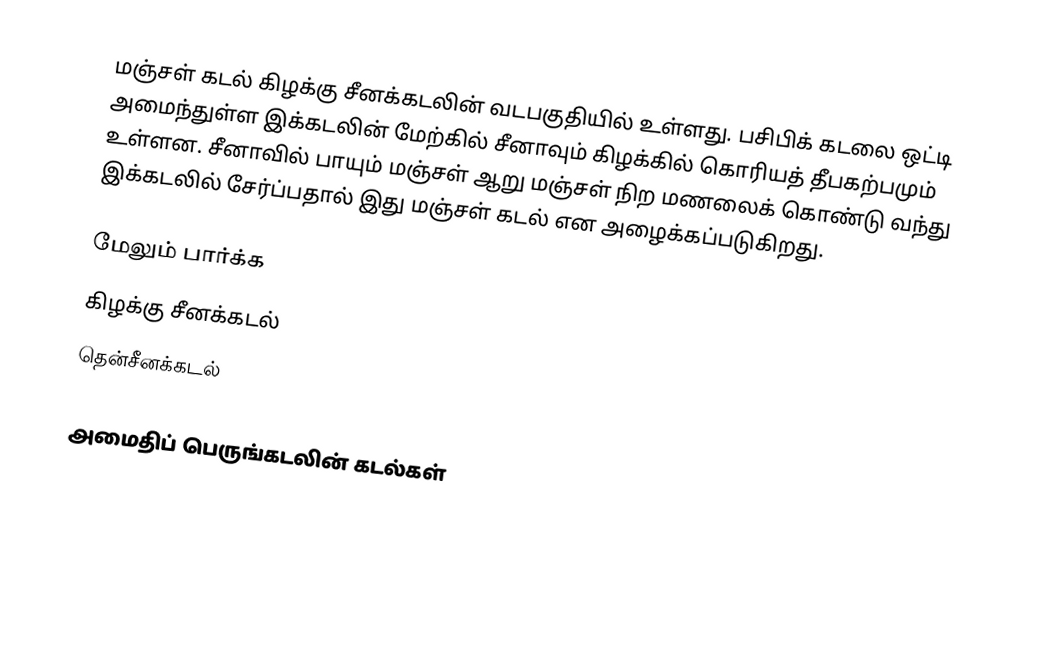
மஞ்சள் கடல் கிழக்கு சீனக்கடலின் வடபகுதியில் உள்ளது. பசிபிக் கடலை ஒட்டி அமைந்துள்ள இக்கடலின் மேற்கில் சீனாவும் கிழக்கில் கொரியத் தீபகற்பமும் உள்ளன. சீனாவில் பாயும் மஞ்சள் ஆறு மஞ்சள் நிற மணலைக் கொண்டு வந்து இக்கடலில் சேர்ப்பதால் இது மஞ்சள் கடல் என அழைக்கப்படுகிறது.

மேலும் பார்க்க
 கிழக்கு சீனக்கடல்
 தென்சீனக்கடல்

அமைதிப் பெருங்கடலின் கடல்கள்